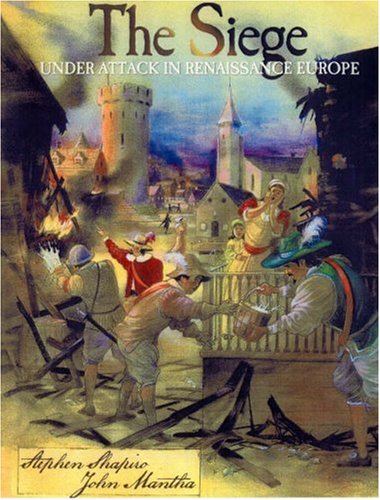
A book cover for The Siege: Under Attack in Renaissance Europe; Stephen Shapiro; Children's Books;